system: You are a helpful assistant.
user:
Analyze the provided spectrum to determine if it is a **S-type Star**.

- **Key Indicators for S-type Star:**

    - **(Overall Spectrum Shape):** The first and most obvious characteristic is the overall continuum (the "baseline" shape). It is **extremely "red-sloping,"** meaning the flux (light intensity) is very low on the left side (blue, ~4000-4500 Å) and rises steeply and continuously toward the right side (red, ~7000 Å+).

    - **(Primary):** The spectrum is defined by the presence of strong, broad molecular absorption "valleys" (bands) from **Zirconium Oxide (ZrO)**. The identification of these bands is the **primary requirement** for classifying a star as S-type.
        - **(Key Bandheads):** You must find distinct, deep "dips" where the light has been absorbed. The most critical band systems to locate are:
            - **~6474 Å** ($\gamma$-system): This is often the strongest and clearest ZrO feature, found in the red part of the spectrum.
            - **~5718 Å** & **~5551 Å** ($\beta$-system): A pair of prominent absorption features in the yellow-orange part of the spectrum.
            - **~4640 Å** ($\alpha$-system): A key absorption band system in the blue-green region of the spectrum.

    - **(Secondary Confirmation):** The classification is strengthened by finding additional absorption bands from other related heavy element oxides, which are expected to be present alongside ZrO.
        - **(Key Bandheads):**
            - **Yttrium Oxide (YO):** Look for absorption dips near **~4800 Å** and **~6100 Å**.
            - **Lanthanum Oxide (LaO):** Additional absorption features, particularly in the red-orange part of the spectrum, are also characteristic.

    - **(Line Profile):** The combination of the steep red continuum and these numerous, deep molecular bands (ZrO, YO, etc.) gives the entire spectrum a very **"chopped-up"** or **"bumpy"** appearance. Instead of a smooth curve, the spectrum looks as though large, wide chunks of light have been "carved out" of it at the specific wavelengths listed above.

Think first, call **spectral_visualization_tool** if needed to examine features in detail, then provide your final answer. Your response must adhere to the following strict rules:
1.  **Overall Structure:** Your response must follow the format `<think>...</think> <tool_call>...</tool_call> (if a tool is used) <answer>...</answer>`.
2.  **Tool Usage Constraint:** You may only make **one** tool call per turn.
3.  **Final Answer Format:** In the `<answer>` tag, your conclusion must be inside a `\boxed{}` command (e.g., `\boxed{YES}` or `\boxed{NO}`), followed by your justification.

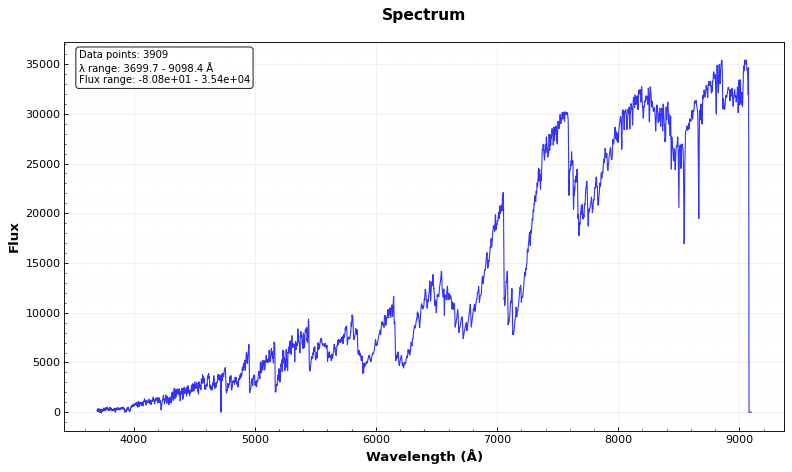
Answer: YES